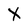
Character: X